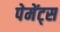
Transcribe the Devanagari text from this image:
पेमेंट्‌स